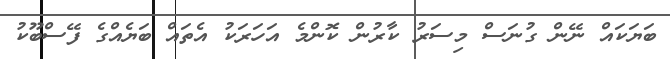
ބަޔަކައް ނޭން ގުނަސް މިސަރު ކާރުން ކޮންމެ އަހަރަކު އެތައް ބަޔެއްގެ ފޭސްބޫކު